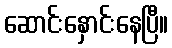
ဆောင်းနှောင်းနေပြီ။